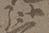
弘